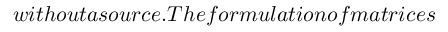
w i t h o u t a s o u r c e . T h e { f o r m u l a t i o n o f m a t r i c e s }